Sanitation, dispensaries and jails vaccination Rajputana 1922-1927 - 1922-1927
Year: 1922
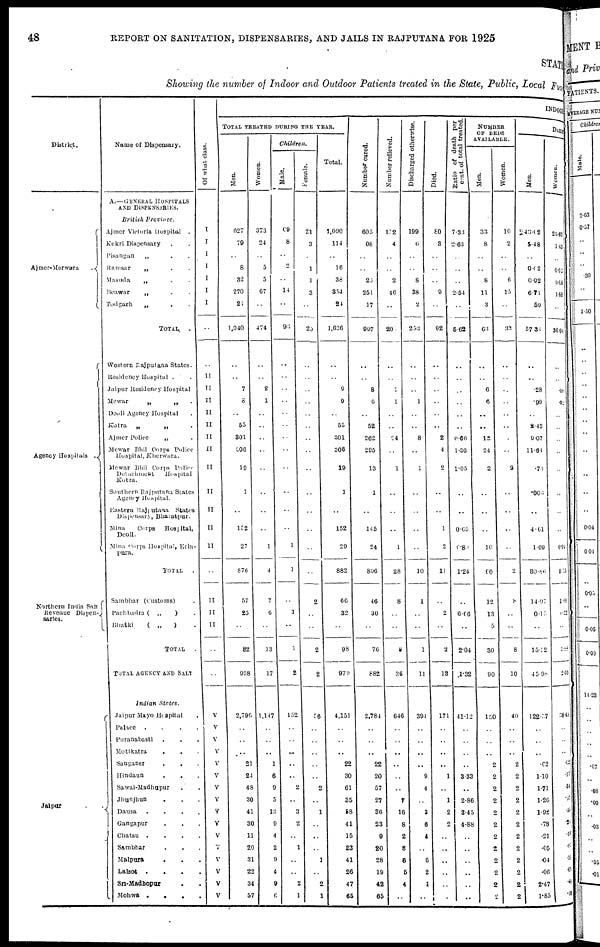
48
REPORT ON SANITATION, DISPENSARIES, AND JAILS IN RAJPUTANA FOR 1925
STATE
Showing the number of Indoor and Outdoor Patients treated in the State, Public, Local Fund
District.
Ajmer-Merwara
.
Agency Hospitals .
Northern India Salt
Revenue Dispen¬
saries.
Jaipur
.
.
Name of Dispensary.
A.—GENERAL HOSPITALS
AND DISPENSARIES.
British
Province.
Ajmer Victoria Hospital .
Kekri Dispensary . .
Pisangan
„ . .
Ramsar
„ . .
Masuda
„ . .
Beawar
„ . .
Todgarh
„ . .
TOTAL
.
Western Rajputana States.
Residency Hospital .
Jaipur Residency Hospital
Mewar
„
„ .
Deoli Agency Hospital .
Kotra
„
„ .
Ajmer Police „ .
Mewar Bhil Corps Police
Hospital, Kherwara.
Mewar Bhil Corps Police
Detachment
Hospital
Kutra.
Southern Rajputana States
Agency Hospital.
Eastern Rajputana
States
Dispensary, Bharatpur.
Mina
Corps
Hospital,
Deoli.
Mina Corps Hospital, Erin¬
pura.
TOTAL .
Sambhar (Customs) .
Pachbadra ( „
) .
Bhatki
( „
) .
TOTAL .
TOTAL AGENCY AND SALT
Indian
States.
Jaipur Mayo Hospital .
Palace
.
.
.
.
Puranabasti . . .
Motikatra . . .
Sanganer . . .
Hindaun . . .
Sawai-Madhopur . .
Jhunjhun
. . .
Dausa
. . . . .
Gangapur . . .
Chatsu
. . . .
Sambhar . . .
Malpura . . . .
Lalsot
. . . .
Sri-Madhopur . .
Mohwa .
.
.
Of what class.
I
I
I
I
I
I
I
..
..
II
II
II
II
II
II
II
II
II
II
II
II
..
II
II
II
..
..
V
V
V
V
V
V
V
V
V
V
V
V
V
V
V
V
INDOOR
TOTAL TREATED DURING THE YEAR.
Men.
627
79
..
8
32
270
24
1,040
..
..
7
8
..
55
301
306
19
1
..
152
27
876
57
25
..
82
958
2,796
..
..
..
21
24
48
30
41
30
11
20
31
22
34
57
Women.
373
24
..
5
5
67
..
474
..
..
2
1
..
..
..
..
..
..
..
..
1
4
7
6
..
13
17
1,147
..
..
..
1
6
9
5
13
9
4
2
9
4
9
6
Children.
Male.
69
8
..
2
..
14
..
93
..
..
..
..
..
..
..
..
..
..
..
..
1
1
..
1
..
1
2
152
..
..
..
..
..
2
..
3
2
..
1
..
..
2
1
Female.
21
3
..
1
1
3
..
25
..
..
..
..
..
..
..
..
..
..
..
..
..
..
2
..
..
2
2
56
..
..
..
..
..
2
..
1
..
..
..
1
..
2
1
Total.
1,090
114
..
16
38
354
24
1,636
..
..
9
9
..
55
301
306
19
1
..
152
29
882
66
32
..
98
979
4,151
..
..
..
22
30
61
35
58
41
15
23
41
26
47
65
Number cured.
605
98
..
..
26
251
17
997
..
..
8
6
..
52
262
295
13
1
..
145
24
806
46
30
..
76
882
2,784
..
..
..
22
20
57
27
36
23
9
20
28
19
42
65
Number relieved.
132
4
..
..
2
46
..
204
..
..
1
1
..
..
24
..
1
..
..
..
1
28
8
..
..
8
36
646
..
..
..
..
..
..
7
16
8
2
8
6
5
4
..
Discharged otherwise.
199
6
..
..
8
38
2
253
..
..
..
1
..
..
8
..
1
..
..
..
..
10
1
..
..
1
11
394
..
..
..
..
9
4
..
3
6
4
..
6
2
1
..
Died.
80
3
..
..
..
9
..
92
..
..
..
..
..
..
2
4
2
..
..
1
2
11
..
2
..
2
13
171
..
..
..
..
1
..
1
2
2
..
..
..
..
..
..
Ratio of death per
cent. of total treated.
7.33
2.63
..
..
..
2.54
..
5.62
..
..
..
..
..
..
0.66
1.30
1.05
..
..
0.65
0.80
1.24
..
6.06
..
2.04
1.32
41.12
..
..
..
..
3.33
..
2.86
3.45
4.88
..
..
..
..
..
..
NUMBER
OF BEDS
AVAILABLE.
Men.
33
8
..
..
8
11
3
63
..
..
6
6
..
..
12
24
2
..
..
..
10
60
12
13
..
30
90
150
..
..
..
2
2
2
2
2
2
2
2
2
2
2
2
Women.
10
2
..
..
6
15
..
33
..
..
..
..
..
..
..
..
2
..
..
..
..
2
8
..
..
8
10
40
..
..
..
2
2
2
2
2
2
2
2
2
2
2
2
DAILY
Men.
43.62
5.48
..
0.02
0.92
6.71
59
57.34
..
..
.28
.99
..
2.42
9.07
11.81
.73
.003
..
4.61
1.09
30.86
14.97
0.15
..
15.32
45.98
122 .57
..
..
..
.62
1.10
1.71
1.26
1.92
.78
.21
.05
.04
.06
2.47
1.85
Women.
25.63
1.43
..
0.02
0.08
1.88
..
30.04
..
..
.09
.02
..
..
..
..
..
..
..
..
0.04
0. 15
1.66
.22
..
1.88
2.03
38.49
..
..
..
. 02
.17
.34
.37
.35
.20
. 10
.05
.18
.01
.85
.10